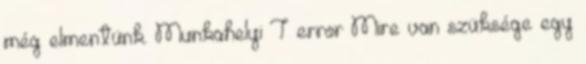
még elmentünk. Munkahelyi T error Mire van szüksége egy